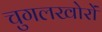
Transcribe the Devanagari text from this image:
चुगलखोरों